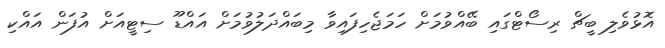
އޮޅުވެލި ބީޗް ރިސޯޓްގައި ބޭއްވުމަށް ހަމަޖެހިފައިވާ މިބައްދަލުވުމަށް އައްޑޫ ސިޓީއަށް އުފަން އައްކި